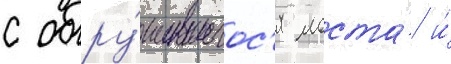
с обру́шившегос'я моста́ и́